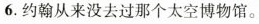
6.约翰从来没去过那个太空博物馆。